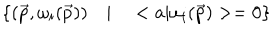
\left\{ ( \vec { p } , \omega _ { i } ( \vec { p } ) ) \quad | \quad < a | \omega _ { i } ( \vec { p } ) > = 0 \right\}